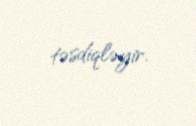
təsdiqləyir.